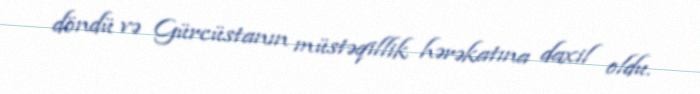
döndü və Gürcüstanın müstəqillik hərəkatına daxil oldu.